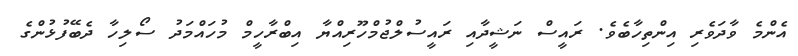
އެންމެ ވާދަވެރި އިންތިހާބެވެ. ރައީސް ނަޝީދާއި ރައީސުލްޖުމްހޫރިއްޔާ އިބްރާހީމް މުހައްމަދު ސޯލިހާ ދެބޭފުޅުންގެ